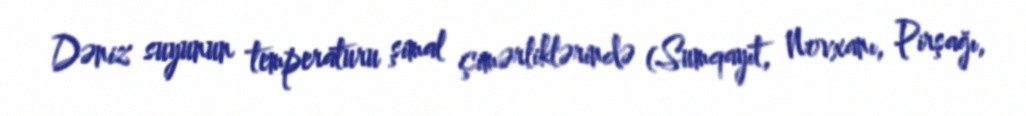
Dəniz suyunun temperaturu şimal çimərliklərində (Sumqayıt, Novxanı, Pirşağı,